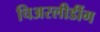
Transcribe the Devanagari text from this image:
चिअरलीडींग